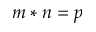
m * n = p